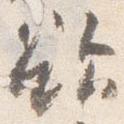
欲